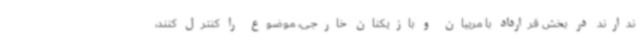
ندارند در بخش قرارداد با مربیان و بازیکنان خارجی، موضوع را کنترل کنند،